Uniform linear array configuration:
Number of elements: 32
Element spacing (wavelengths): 0.75
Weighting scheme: hamming
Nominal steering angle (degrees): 30
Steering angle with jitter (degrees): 30.107
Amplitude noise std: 0.05
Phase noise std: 0.05

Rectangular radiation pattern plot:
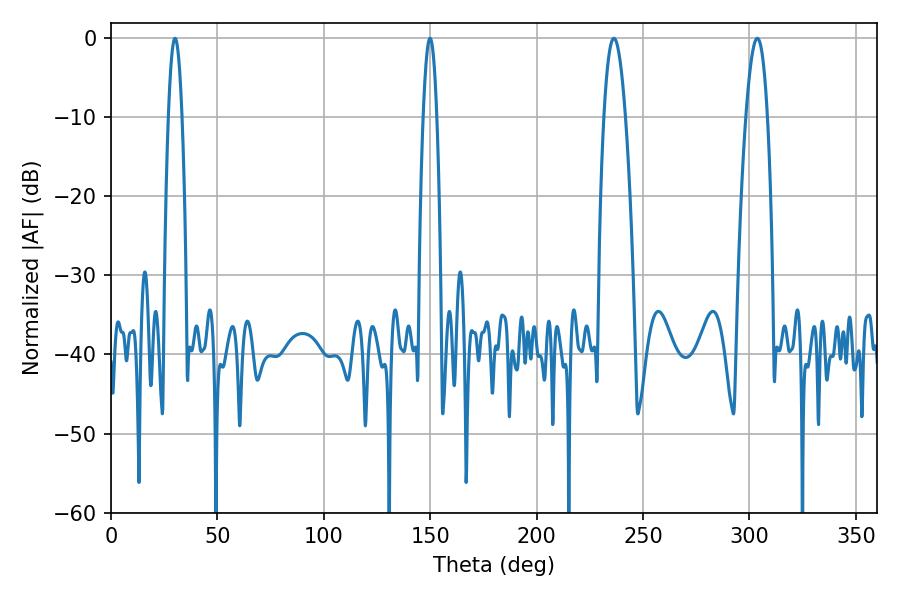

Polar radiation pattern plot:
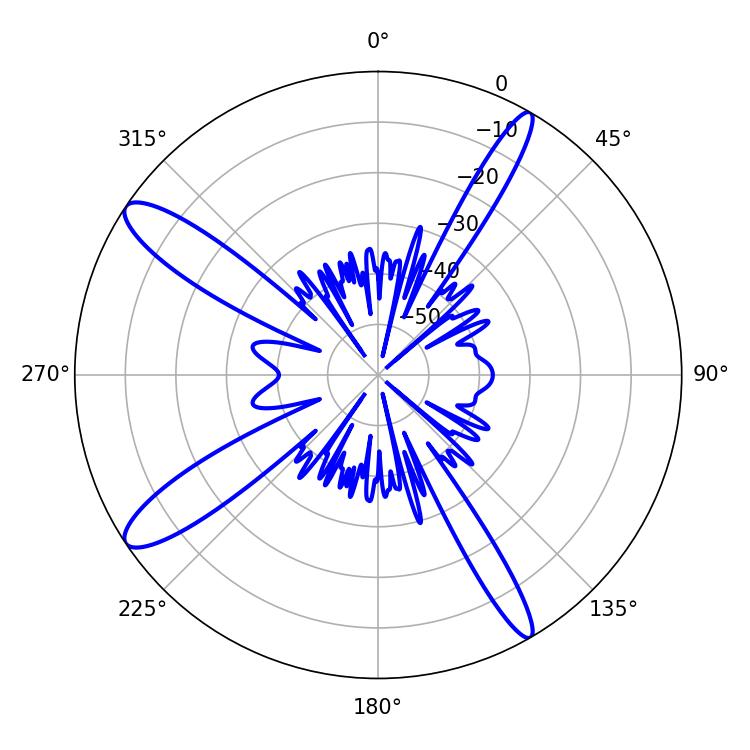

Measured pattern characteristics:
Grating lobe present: TRUE
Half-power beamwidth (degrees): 5.58
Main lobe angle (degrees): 303.66